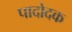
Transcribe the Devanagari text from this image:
पादोदक